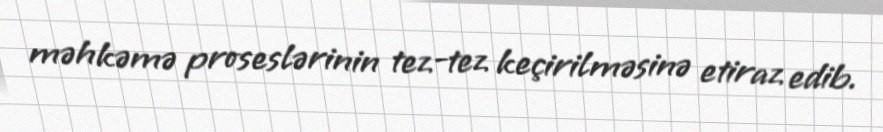
məhkəmə proseslərinin tez-tez keçirilməsinə etiraz edib.